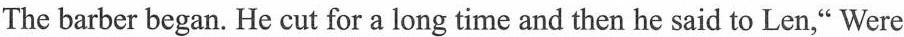
The barber began. He cut for a long time and then he said to Len," Were